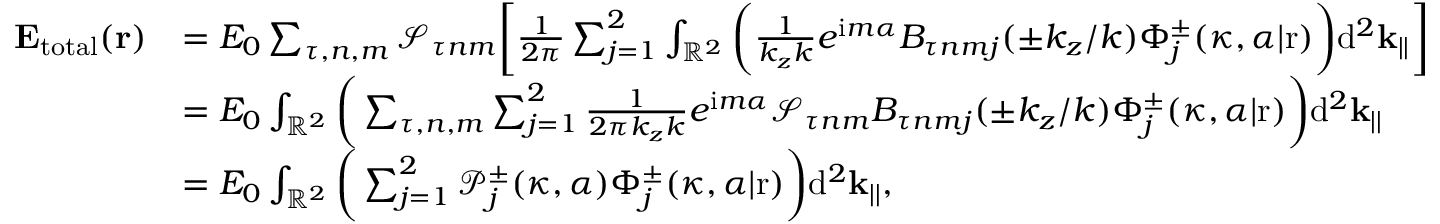
\begin{array} { r l } { \mathbf { E _ { \mathrm { t o t a l } } } ( \mathbf { r } ) } & { = E _ { 0 } \sum _ { \tau , n , m } \mathcal { S } _ { \tau n m } \bigg [ \frac { 1 } { 2 \pi } \sum _ { j = 1 } ^ { 2 } \int _ { \mathbb { R } ^ { 2 } } \bigg ( \frac { 1 } { k _ { z } k } e ^ { \mathrm { i } m \alpha } B _ { \tau n m j } ( \pm k _ { z } / k ) \Phi _ { j } ^ { \pm } ( \kappa , \alpha | \mathrm { r } ) \bigg ) \mathrm { d } ^ { 2 } \mathbf { k } _ { | | } \bigg ] } \\ & { = E _ { 0 } \int _ { \mathbb { R } ^ { 2 } } \bigg ( \sum _ { \tau , n , m } \sum _ { j = 1 } ^ { 2 } \frac { 1 } { 2 \pi k _ { z } k } e ^ { \mathrm { i } m \alpha } \mathcal { S } _ { \tau n m } B _ { \tau n m j } ( \pm k _ { z } / k ) \Phi _ { j } ^ { \pm } ( \kappa , \alpha | \mathrm { r } ) \bigg ) \mathrm { d } ^ { 2 } \mathbf { k } _ { | | } } \\ & { = E _ { 0 } \int _ { \mathbb { R } ^ { 2 } } \bigg ( \sum _ { j = 1 } ^ { 2 } \mathcal { P } _ { j } ^ { \pm } ( \kappa , \alpha ) \Phi _ { j } ^ { \pm } ( \kappa , \alpha | \mathrm { r } ) \bigg ) \mathrm { d } ^ { 2 } \mathbf { k } _ { | | } , } \end{array}